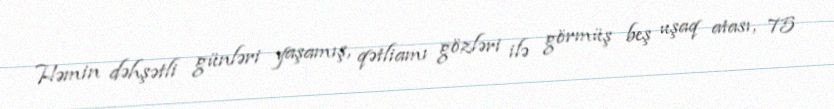
Həmin dəhşətli günləri yaşamış, qətliamı gözləri ilə görmüş beş uşaq atası, 75